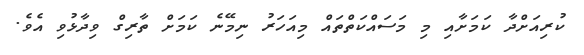
ކުރިއަށްދާ ކަމަށާއި މި މަސައްކަތްތައް މިއަހަރު ނިމޭނެ ކަމަށް ތާރިގް ވިދާޅުވި އެވެ.